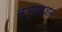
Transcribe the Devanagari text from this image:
कम्बश्शन